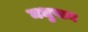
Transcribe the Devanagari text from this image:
मधुपान